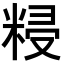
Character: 𥺑